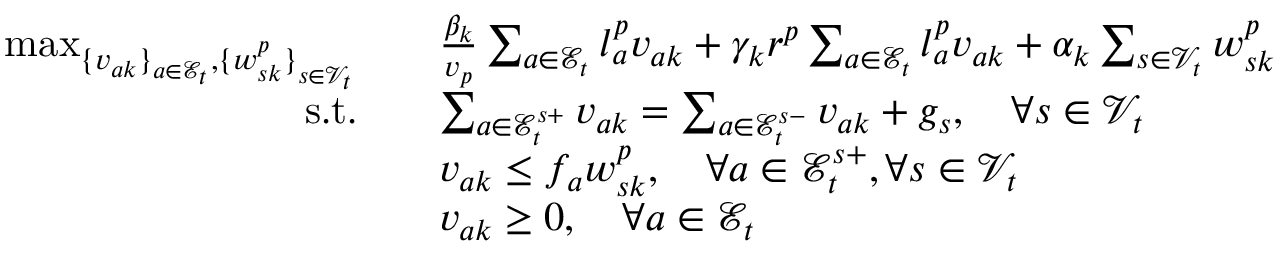
\begin{array} { r l } { \operatorname* { m a x } _ { \{ { v _ { a k } \} } _ { a \in \mathcal { E } _ { t } } , \{ { w _ { s k } ^ { p } \} } _ { s \in \mathcal { V } _ { t } } } \quad } & { \frac { \beta _ { k } } { v _ { p } } \sum _ { a \in \mathcal { E } _ { t } } l _ { a } ^ { p } v _ { a k } + \gamma _ { k } r ^ { p } \sum _ { a \in \mathcal { E } _ { t } } l _ { a } ^ { p } v _ { a k } + \alpha _ { k } \sum _ { s \in \mathcal { V } _ { t } } w _ { s k } ^ { p } } \\ { \mathrm { s . t . } \quad } & { \sum _ { a \in \mathcal { E } _ { t } ^ { s + } } v _ { a k } = \sum _ { a \in \mathcal { E } _ { t } ^ { s - } } v _ { a k } + g _ { s } , \quad \forall s \in \mathcal { V } _ { t } } \\ & { v _ { a k } \leq f _ { a } w _ { s k } ^ { p } , \quad \forall a \in \mathcal { E } _ { t } ^ { s + } , \forall s \in \mathcal { V } _ { t } } \\ & { v _ { a k } \geq 0 , \quad \forall a \in \mathcal { E } _ { t } } \end{array}